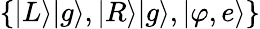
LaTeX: \{ |L\rangle|g\rangle,|R\rangle|g\rangle,|\varphi,e\rangle\}